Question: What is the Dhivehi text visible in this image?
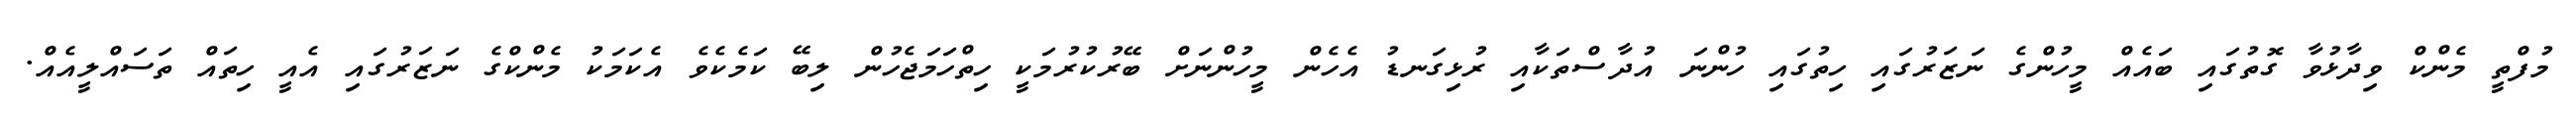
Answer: މުފްތީ މެންކް ވިދާޅުވާ ގޮތުގައި ބައެއް މީހުންގެ ނަޒަރުގައި ހިތުގައި ހުންނަ އުދާސްތަކާއި ރުޅިގަނޑު އެހެން މީހުންނަށް ބޭރުކުރުމަކީ ހިތްހަމަޖެހުން ލިބޭ ކަމެކެވެ އެކަމަކު މެންކްގެ ނަޒަރުގައި އެއީ ހިތައް ތަސައްލީއެއް.